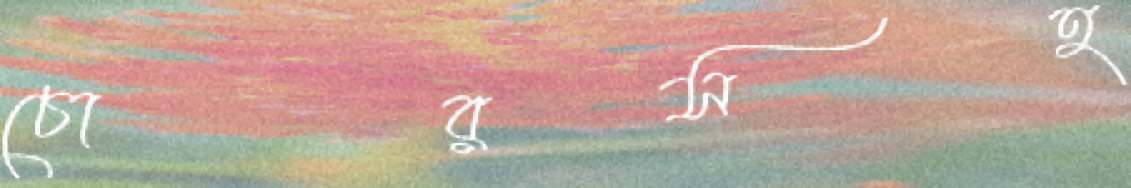
চোরসহ